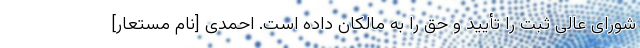
شورای عالی ثبت را تأیید و حق را به مالکان داده است. احمدی [نام مستعار]